Indian Medical Review
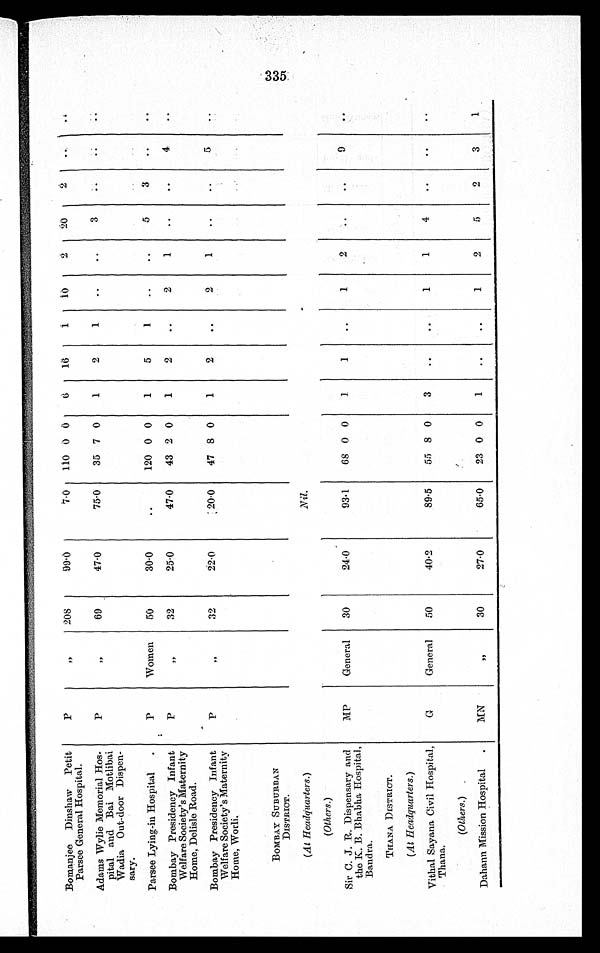
Bomanjee Dinshaw Petit
Parsee General Hospital.
P
' '
208
99.0
7.0
110 0 0
6
16
1
1 0
2
20
2
. . .
. . .
Adams Wylie Memorial Hos-
pital and Bai Motlibai
Wadia Out-door Dispen-
sary.
P
' '
69
47.0
75.0
35 7 0
1
2
1
..
.. 3
..
..
..
Parsee Lying-in Hospital
P
Women
50
30.0
..
120 0 0
1
5
1
. .
..
5
3
..
..
Bombay Presidency Infant
Welfare Society's Maternity
Home, Delisle Road.
P
' '
32
95.0
47.0
43 2 0
1
2
..
2
1
..
..
4
..
Bombay Presidency Infant
Welfare Society's Maternity
Home, Worli.
P
''
32
22.0
20.0
47 8 0
1
2
..
2
1
..
..
5
..
BOMBAY SUBURBAN
DISTRICT.
(At Headquarters.)
Nil.
(Others.)
Sir C. J. R. Dispensary and
the K. B. Bhabha Hospital,
Bandra.
MP
General
30
24.0
93.1
68 0 0
1
1
..
1 2
..
..
9
..
THANA DISTRICT.
(At Healquarters.)
.
Vithal Sayana Civil Hospital,
Thana.
(Others.)
G
General
50
40.2
89.5
55 8 0
3
..
..
1
1
4
..
..
..
Dahann Mission Hospital
MN
''
3 0
27.0
65.0
23 0 0
1
..
..
1
2
5
2
3